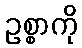
ဥစ္စာကို